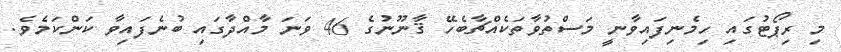
މި ރިޕޯޓުގައި ހިމެނިފައިވާނީ މަސްތުވާތަކެއްޗާބެހޭ ޤާނޫނުގެ 46 ވަނަ މާއްދާގައި ބުނެފައިވާ ކަންކަމެވެ.